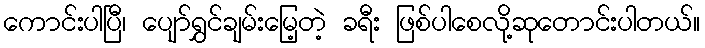
ကောင်းပါပြီ၊ ပျော်ရွှင်ချမ်းမြေ့တဲ့ ခရီး ဖြစ်ပါစေလို့ဆုတောင်းပါတယ်။